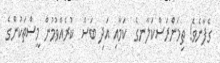
ގެފާނެވެ! ތިމަންރަސްކަލާނގެ  ކަމާއި އަދި ބަސް  ކުރެއްވުމުން މީސްތަކުންގެ